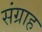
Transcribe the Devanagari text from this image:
संग्राह